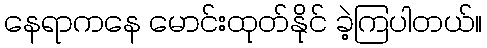
နေရာကနေ မောင်းထုတ်နိုင် ခဲ့ကြပါတယ်။